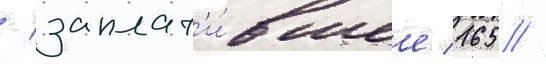
/ заплат'и́вшее 165 /